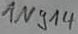
Text: 1N914